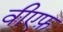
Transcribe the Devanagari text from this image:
वीएफ़